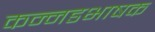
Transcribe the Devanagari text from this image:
कन्नडभाषक